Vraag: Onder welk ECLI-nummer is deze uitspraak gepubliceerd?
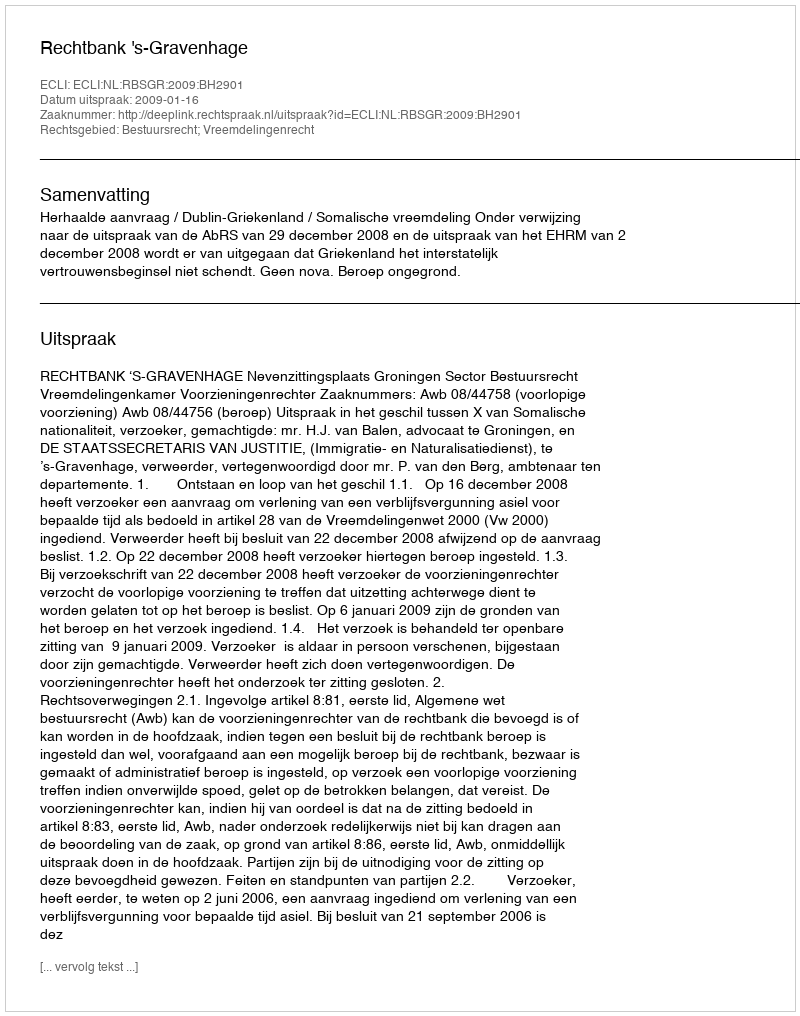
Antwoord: ECLI:NL:RBSGR:2009:BH2901